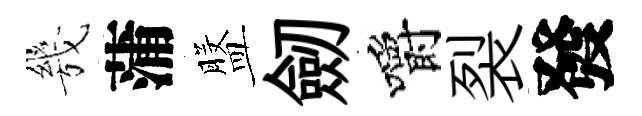
㡬蒲盤劒嚼裂發